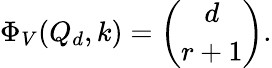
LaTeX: \Phi_{V}(Q_{d},k)={\binom{d}{r+1}}.